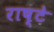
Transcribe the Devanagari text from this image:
राष्टे